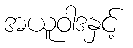
အယူဝါဒနှင့်